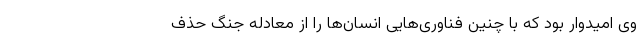
وی امیدوار بود که با چنین فناوری‌هایی انسان‌ها را از معادله جنگ حذف